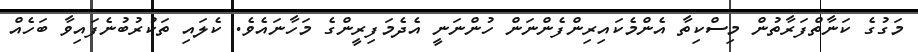
މަގުގެ ކަނާތްފަރާތުން މިސްކިތާ އެންމެކައިރިންފެންނަން ހުންނަނީ އެދެމަފިރީންގެ މަހާނައެވެ. ކެލައި ތަކުރުބުނެފައިވާ ބަހެއް